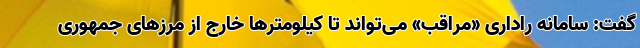
گفت: سامانه راداری «مراقب» می‌تواند تا کیلومترها خارج از مرزهای جمهوری